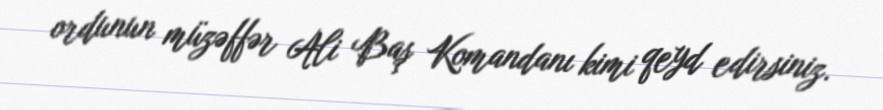
ordunun müzəffər Ali Baş Komandanı kimi qeyd edirsiniz.